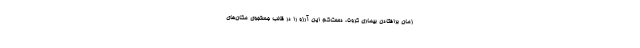
زمان برافتادن بیماری کرونا، دست‌کم این آرزو را در قالب جستجوی مکان‌های